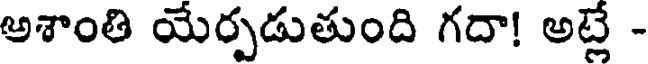
అశాంతి యేర్పడుతుంది గదా! అట్లే -